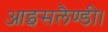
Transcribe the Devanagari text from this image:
आइसलैण्डी।